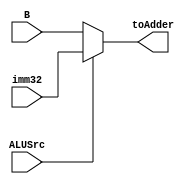
`timescale 1ns / 1ps

module MuxALUSrc(B,
                 imm32,
                 ALUSrc,
                 toAdder);
                  
    input [31:0] B, imm32;
    input ALUSrc;
    output [31:0] toAdder;
    assign toAdder = (ALUSrc) ? imm32:B;
endmodule // main